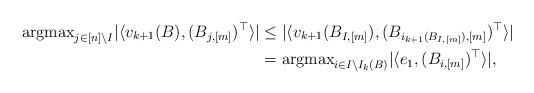
LaTeX: \begin{align*}{\rm argmax}_{j \in [n]\backslash I}| \langle v_{k+1}(B), (B_{j,[m]})^\top\rangle| &\le|\langle v_{k+1}(B_{I,[m]}), (B_{i_{k+1}(B_{I,[m]}),[m]})^\top \rangle |\\&={\rm argmax}_{i \in I\backslash I_{k}(B)} |\langle e_1, (B_{i,[m]})^\top\rangle|,\end{align*}